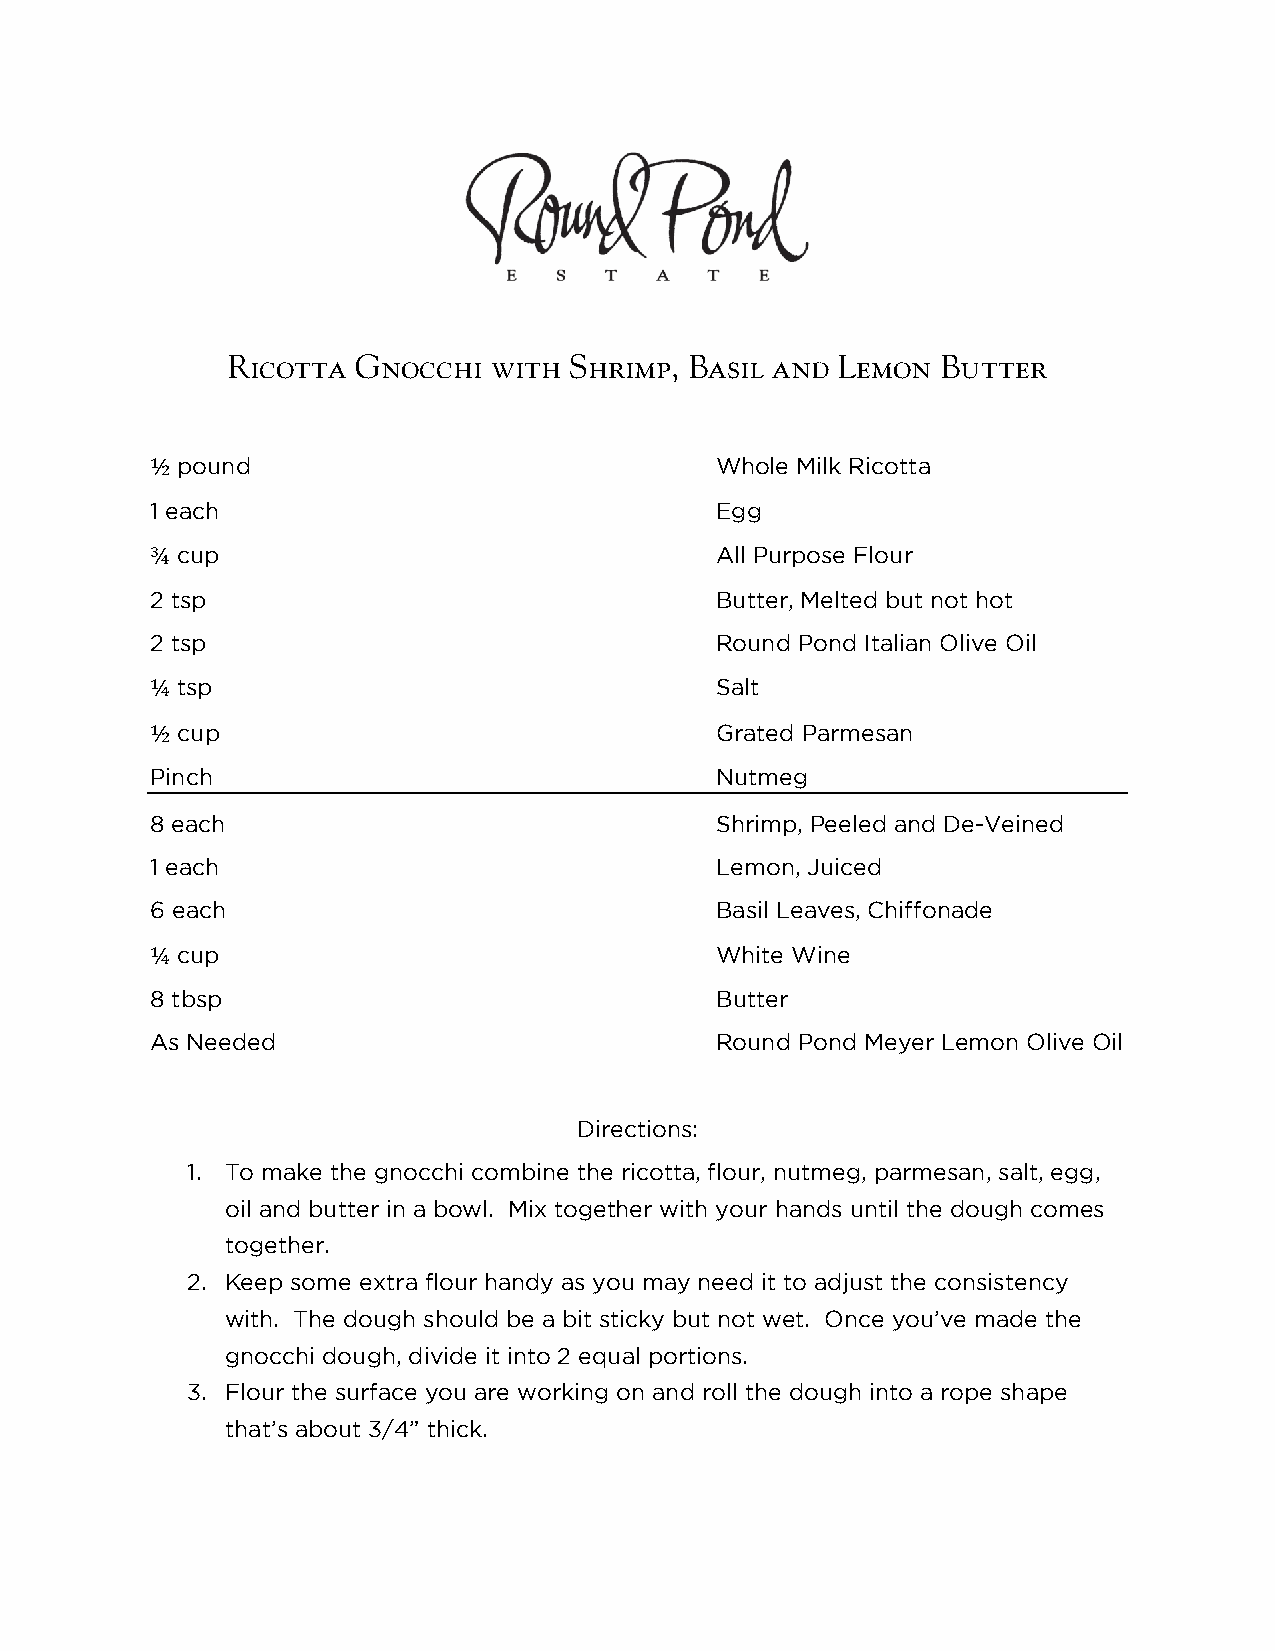
Ricotta  Gnocchi  with Shrimp, Basil and Lemon Butter
 pound                              Whole Milk Ricotta
 1 each                               Egg
 ½
 cup                                All Purpose Flour
 2 tsp                                Butter, Melted but not hot
 ¾
 2 tsp                                Round Pond Italian Olive Oil
 tsp                                Salt
 cup                                Grated Parmesan
 ¼
 Pinch                                Nutmeg
 ½
 8 each                               Shrimp, Peeled and De-Veined
 1 each                               Lemon, Juiced
 6 each                               Basil Leaves, Chiffonade
 cup                                White Wine
 8 tbsp                               Butter
 ¼
 As Needed                            Round Pond Meyer Lemon Olive Oil
 Directions:
 1. To make the gnocchi combine the ricotta, flour, nutmeg, parmesan, salt, egg,
 oil and butter in a bowl. Mix together with your hands until the dough comes
 together.
 2. Keep some extra flour handy as you may need it to adjust the consistency
 with. The dough should be a bit sticky but not wet. Once you’ve made the
 gnocchi dough, divide it into 2 equal portions.
 3. Flour the surface you are working on and roll the dough into a rope shape
 that’s about 3/4” thick.